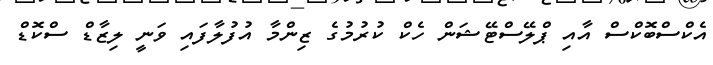
އެކްސްބޮކްސް އާއި ޕްލޭސްޓޭޝަން ހެކް ކުރުމުގެ ޒިންމާ އުފުލާފައި ވަނީ ލިޒާޑް ސްކޮޑް